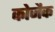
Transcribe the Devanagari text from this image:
कोजैक